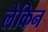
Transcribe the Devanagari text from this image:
लेकिन